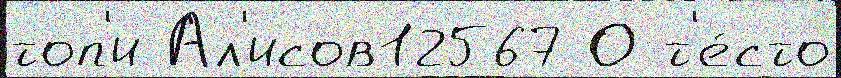
топ'и Ал'исов12567 О т'е́сто